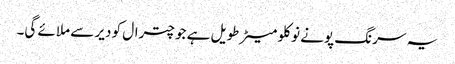
یہ سرنگ پونے نو کلو میٹر طویل ہے جو چترال کو دیر سے ملائے گی۔